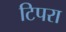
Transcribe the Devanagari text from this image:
टिपरा